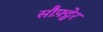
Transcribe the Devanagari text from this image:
सौफ़्ट्वेर